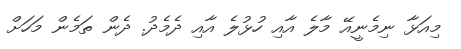
މިއަޅާ ނިމެނީއޭ މާލެ އާއި ހުޅުލެ އާއި ދެމެދު. ދެން ތަމެން މަހަށް